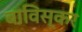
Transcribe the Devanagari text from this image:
बाविस्कर